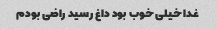
غدا خیلی خوب بود داغ رسید راضی بودم